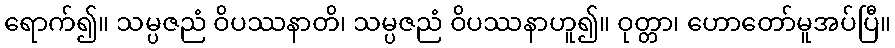
ရောက်၍။ သမ္ပဇညံ ဝိပဿနာတိ၊ သမ္ပဇညံ ဝိပဿနာဟူ၍။ ဝုတ္တာ၊ ဟောတော်မူအပ်ပြီ။